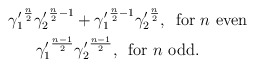
\begin{align*} {\gamma_1'}^{\frac{n}{2}}{\gamma_2'}^{\frac{n}{2} -1} &+{\gamma_1'}^{\frac{n}{2} -1}{\gamma_2'}^{\frac{n}{2}},\, \textrm{ for } n\textrm{ even} \\ {\gamma_1'}^{\frac{n-1}{2}}&{\gamma_2'}^{\frac{n-1}{2}},\, \textrm{ for } n\textrm{ odd.} \\\end{align*}